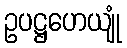
ဥပဋ္ဌဟေယျုံ